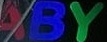
ABY